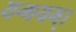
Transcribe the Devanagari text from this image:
यन्मयम्।